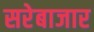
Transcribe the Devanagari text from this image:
सरेबाजार